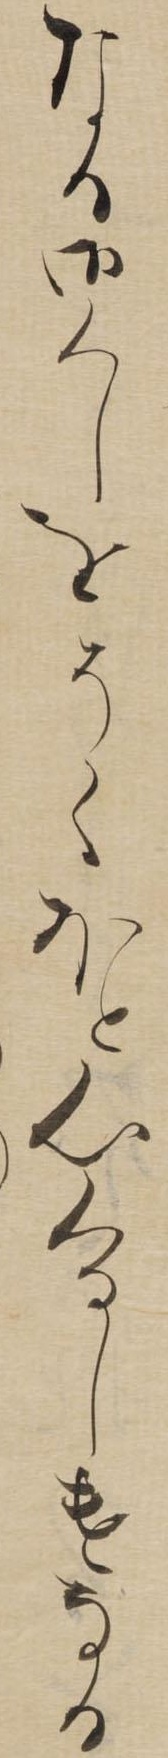
なる御くしをそくほと心くるしけなる